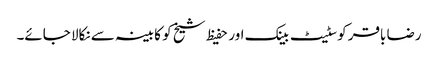
رضا باقر کوسٹیٹ بینک اور حفیظ شیخ کو کابینہ سے نکالا جائے۔